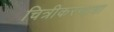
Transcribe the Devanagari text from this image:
चित्रीकरणाचा